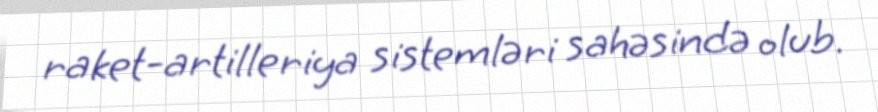
raket-artilleriya sistemləri sahəsində olub.